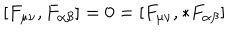
[ F _ { \mu \nu } , F _ { \alpha \beta } ] = 0 = [ F _ { \mu \nu } , { * } F _ { \alpha \beta } ]